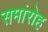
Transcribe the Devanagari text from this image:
समांरोह